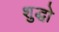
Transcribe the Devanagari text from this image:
शुद्धो